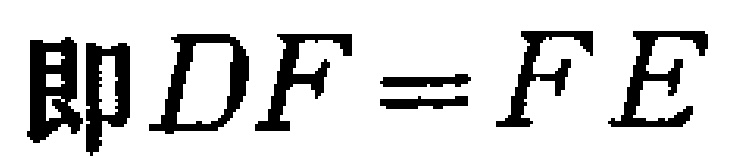
即$DF = FE$